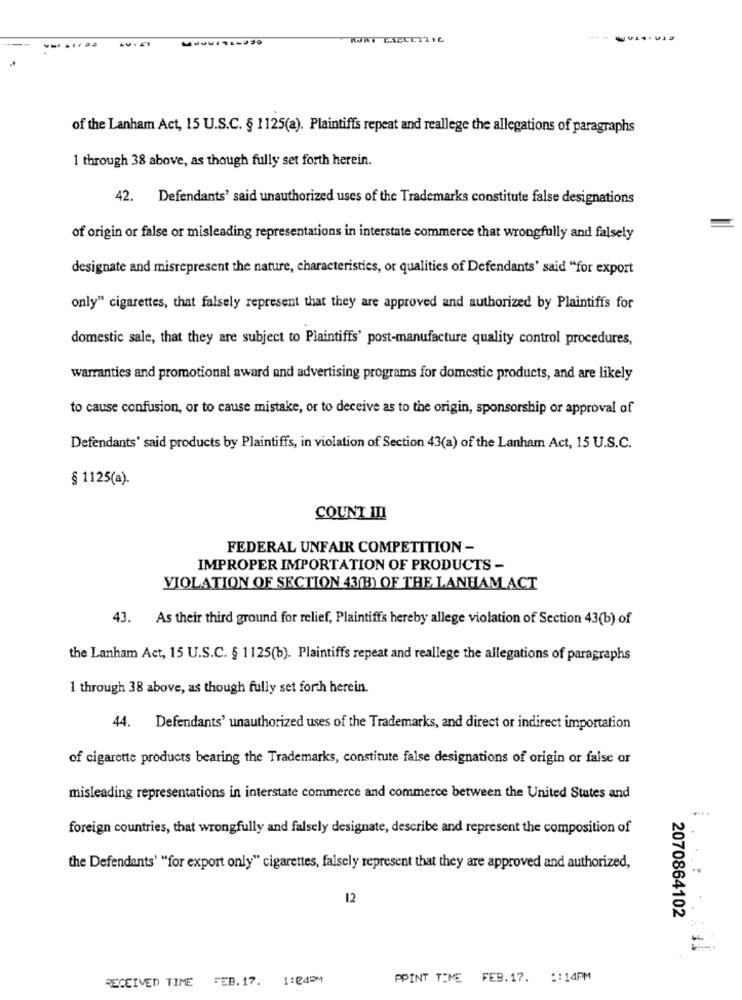
of the Lanham Act, 15 U.S.C. § 1125(a). Plaintiffs repeat and reallege the allegations of paragraphs
1 through 38 above, as though fully set forth herein.
42.
Defendants' said unauthorized uses of the Trademarks constitute false designations
of origin or false or misleading representations in interstate commerce that wrongfully and falsely
designate and misrepresent the nature, characteristics, or qualities of Defendants' said "for export
only" cigarettes, that falsely represent that they are approved and authorized by Plaintiffs for
domestic sale, that they are subject to Plaintiffs' post-manufacture quality control procedures,
warranties and promotional award and advertising programs for domestic products, and are likely
to cause confusion, or to cause mistake, or to deceive as to the origin, sponsorship or approval of
Defendants' said products by Plaintiffs, in violation of Section 43(a) of the Lanham Act, 15 U.S.C.
§ 1125(a).
COUNT III
FEDERAL UNFAIR COMPETITION -
IMPROPER IMPORTATION OF PRODUCTS -
VIOLATION OF SECTION 43(B) OF THE LANHAM ACT
43. As their third ground for relief, Plaintiffs hereby allege violation of Section 43(b) of
the Lanham Act, 15 U.S.C. § 1125(b). Plaintiffs repeat and reallege the allegations of paragraphs
1 through 38 above, as though fully set forth herein.
44. Defendants' unauthorized uses of the Trademarks, and direct or indirect importation
of cigarette products bearing the Trademarks, constitute false designations of origin or false or
misleading representations in interstate commerce and commerce between the United States and
foreign countries, that wrongfully and falsely designate, describe and represent the composition of
the Defendants' "for export only" cigarettes, falsely represent that they are approved and authorized,
12
2070864102
RECEIVED TIME
FEB. 17.
1:24PM
PPINT TIME FEB.17. :: 14PM